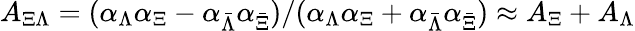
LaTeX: A_{\Xi\Lambda}=(\alpha_{\Lambda}\alpha_{\Xi}-\alpha_{\bar{\Lambda}}\alpha_{\bar{\Xi}})/(\alpha_{\Lambda}\alpha_{\Xi}+\alpha_{\bar{\Lambda}}\alpha_{\bar{\Xi}})\approx A_{\Xi}+A_{\Lambda}